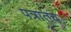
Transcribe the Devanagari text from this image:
पत्रातच